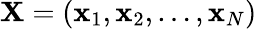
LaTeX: \mathbf{X}=(\mathbf{x}_{1},\mathbf{x}_{2},\ldots,\mathbf{x}_{N})